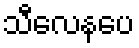
သီလေနပေ